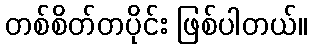
တစ်စိတ်တပိုင်း ဖြစ်ပါတယ်။